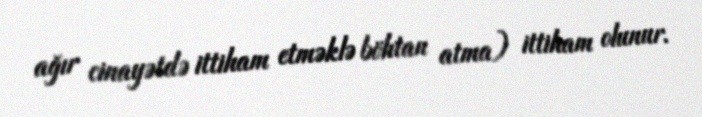
ağır cinayətdə ittiham etməklə böhtan atma) ittiham olunur.